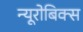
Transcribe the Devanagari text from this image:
न्यूरोबिक्स